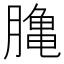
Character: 𪚲